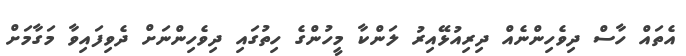
އެތައް ހާސް ދިވެހިންނެއް ދިރިއުޅޭއިރު ލަންކާ މީހުންގެ ހިތުގައި ދިވެހިންނަށް ދެވިފައިވާ މަގާމަށް